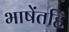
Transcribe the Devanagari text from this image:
भाषेंतहि